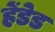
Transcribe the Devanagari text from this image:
हेंडेड